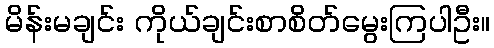
မိန်းမချင်း ကိုယ်ချင်းစာစိတ်မွေးကြပါဦး။